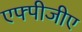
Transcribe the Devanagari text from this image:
एफ्पीजीए